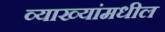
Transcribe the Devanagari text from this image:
व्याख्यांमधील